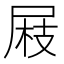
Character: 𡲅